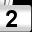
Digit: 2